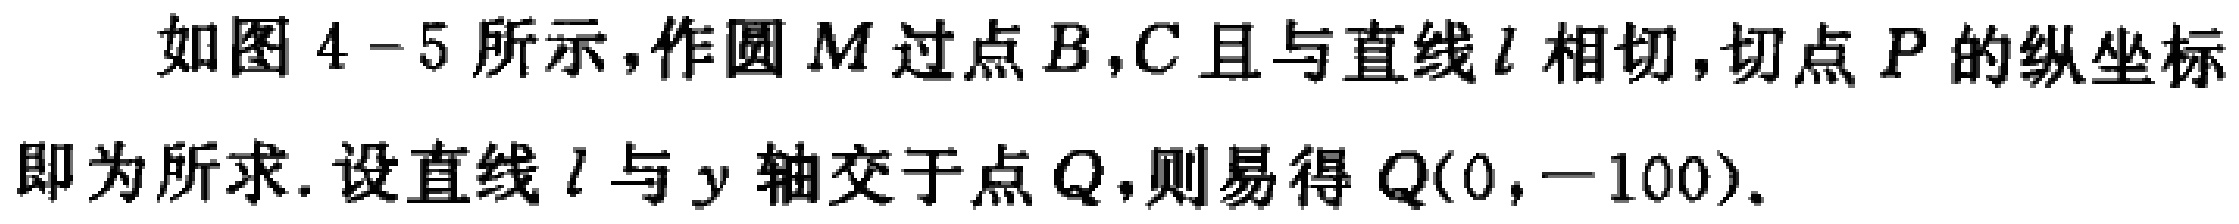
如图4 - 5所示，作圆\(M\)过点\(B,C\)且与直线\(l\)相切，切点\(P\)的纵坐标即为所求. 设直线\(l\)与\(y\)轴交于点\(Q\)，则易得\(Q(0,-100)\).